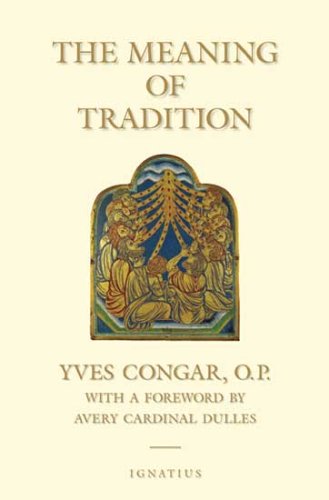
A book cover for The Meaning of Tradition; Yves Congar; Christian Books & Bibles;